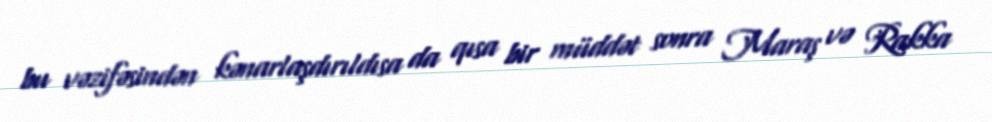
bu vəzifəsindən kənarlaşdırıldısa da qısa bir müddət sonra Maraş və Rakka